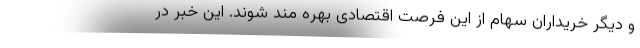
و دیگر خریداران سهام از این فرصت اقتصادی بهره مند شوند. این خبر در